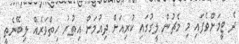
ދެ ޓީމަށްވެފައި މި މެޗުން ލީގުގައި ކުރިއަށް ދިއުމަށް އިތުރު ހިތްވަރެއް ލިބޭނެތީ